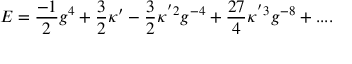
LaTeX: E = { \frac { - 1 } { 2 } } g ^ { 4 } + { \frac { 3 } { 2 } } \kappa ^ { \prime } - { \frac { 3 } { 2 } } \kappa ^ { ' 2 } g ^ { - 4 } + { \frac { 2 7 } { 4 } } \kappa ^ { ' 3 } g ^ { - 8 } + . . . .